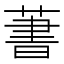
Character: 𦶕